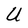
Character: U